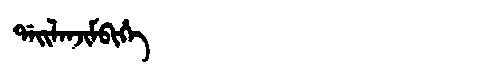
Manchu: ᡩᠠᡳᠯᠠᠨᠵᡳᠮᠪᡳᡥᡝ
Romanization: DAILANJIMBIHE